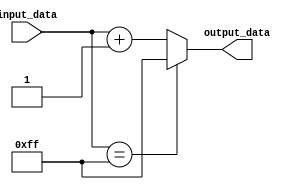
module GenerateFunction #(parameter INPUT_WIDTH = 8, parameter OUTPUT_WIDTH = 8) (
    input [INPUT_WIDTH-1:0] input_data,
    output reg [OUTPUT_WIDTH-1:0] output_data
);

always @* begin
    if (input_data == 8'hFF) begin
        output_data = 8'hFF;
    end else begin
        output_data = input_data + 8'h01;
    end
end

endmodule